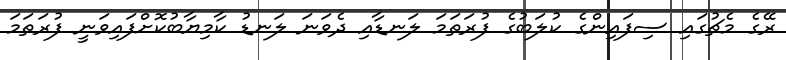
ރޭގެ މެޗުގައި ސިފައިންގެ ކުލަބުގެ ފުރަތަމަ ލަނޑާއި ދެވަނަ ލަނޑު ކާމިޔާބުކޮށްފައިވަނީ ފުރަތަމަ